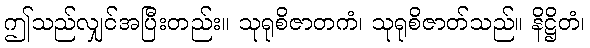
ဤသည်လျှင်အပြီးတည်း။ သုရုစိဇာတကံ၊ သုရုစိဇာတ်သည်။ နိဋ္ဌိတံ၊